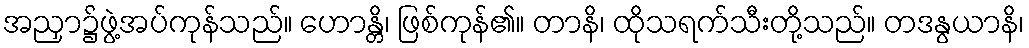
အညှာ၌ဖွဲ့အပ်ကုန်သည်။ ဟောန္တိ၊ ဖြစ်ကုန်၏။ တာနိ၊ ထိုသရက်သီးတို့သည်။ တဒနွယာနိ၊